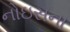
નોઇસના